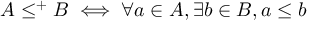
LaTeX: A \leq ^ { + } B \iff \forall a \in A , \exists b \in B , a \leq b